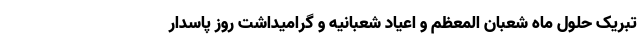
تبریک حلول ماه شعبان المعظم و اعیاد شعبانیه و گرامیداشت روز پاسدار